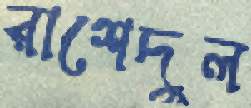
রাশেদুল